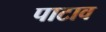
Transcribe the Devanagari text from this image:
पाटाव